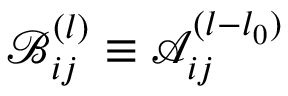
\mathcal { B } _ { i j } ^ { ( l ) } \equiv \mathcal { A } _ { i j } ^ { ( l - l _ { 0 } ) }